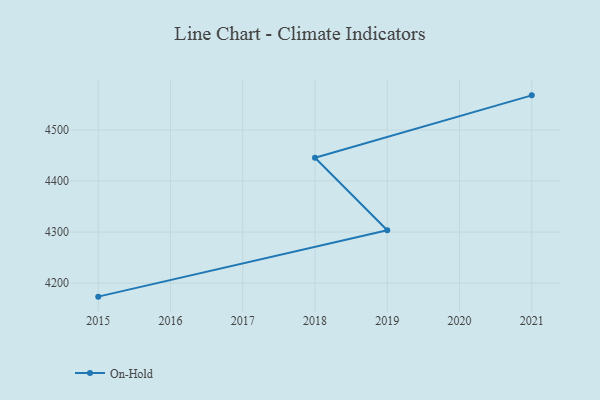
{"axis": {"x": "Year", "y": "Demand Index"}, "legend": ["On-Hold"], "data": [{"x": "2021", "y": 4567.9, "type": "On-Hold"}, {"x": "2018", "y": 4445.7, "type": "On-Hold"}, {"x": "2019", "y": 4303.6, "type": "On-Hold"}, {"x": "2015", "y": 4173.3, "type": "On-Hold"}]}